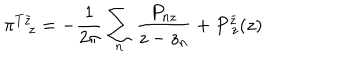
LaTeX: \pi _ { z } ^ { T \bar { z } } = - \frac { 1 } { 2 \pi } \sum _ { n } \frac { P _ { n z } } { z - z _ { n } } + P _ { ~ z } ^ { \bar { z } } ( z )